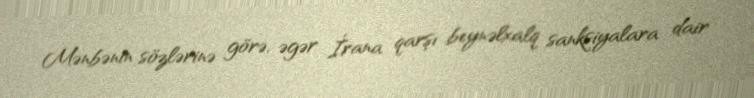
Mənbənin sözlərinə görə, əgər İrana qarşı beynəlxalq sanksiyalara dair